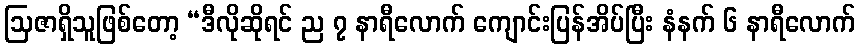
ဩဇာရှိသူဖြစ်တော့ “ဒီလိုဆိုရင် ည ၇ နာရီလောက် ကျောင်းပြန်အိပ်ပြီး နံနက် ၆ နာရီလောက်